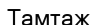
Тамтаж